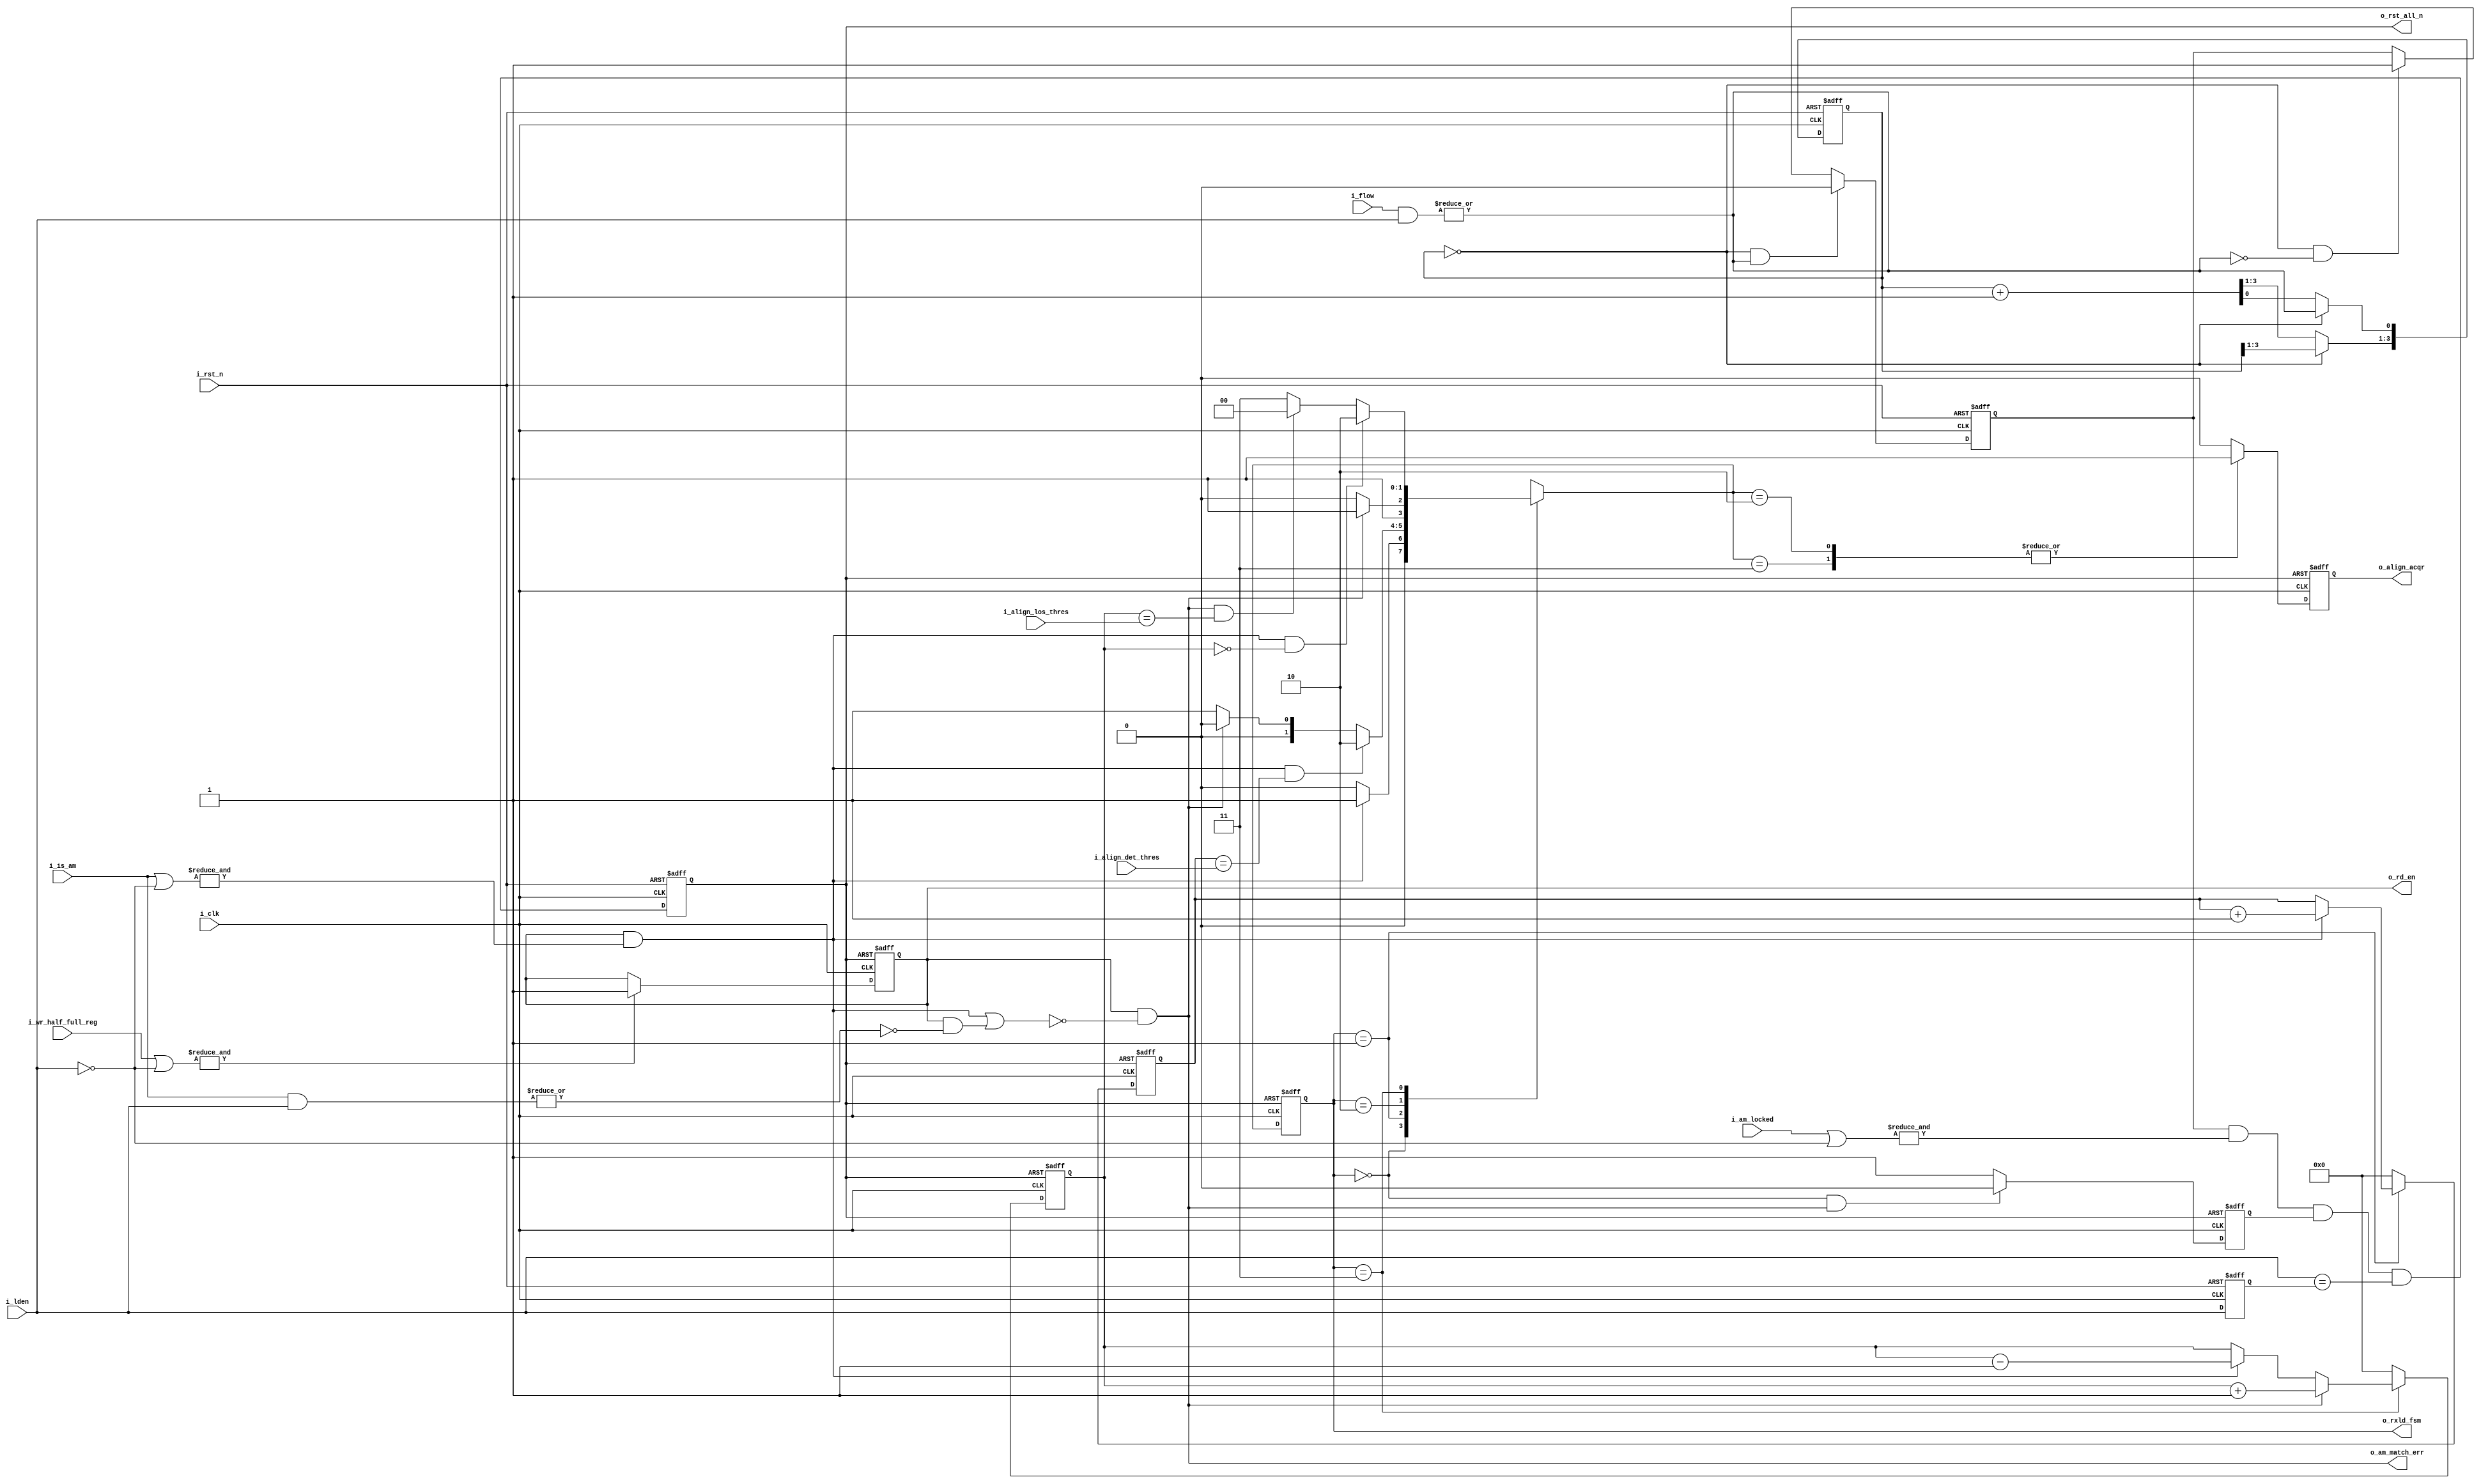

// main control of all deskew buffer of lanes to be deskewed
// Control the read start of all deskew buffer
// Control the reset of all deskew buffer when flow occurs
// Monitor the deskew error using dedicated FSM as suggested by 802.3
//  FSM is called "PCS deskew state diagram" in P248 of 802.3

`ifndef DELAY
    `define DELAY #0.1
`endif

`define LOSS_OF_ALIGNMENT   2'b00
`define ALIGN_DETECT        2'b01
`define ALIGN_ACQUIRED      2'b10
`define ALIGN_VERIFY        2'b11
//`define ALIGN_DETECT_1      3'b001
//`define ALIGN_DETECT_2      3'b010    
//`define ALIGN_DETECT_3      3'b011
//`define ALIGN_ACQUIRED_1    3'b100
//`define ALIGN_ACQUIRED_2    3'b101
//`define ALIGN_ACQUIRED_3    3'b110
//`define ALIGN_ACQUIRED_4    3'b111


module RXLDCTRL  #(
    parameter   LNUM    = 4)
(
    input                   i_rst_n                 ,   //system reset
    input                   i_clk                   ,   // uniform clock
    
    input   [LNUM-1:0]      i_wr_half_full_reg      ,   //deskew buffer write enabled
    input   [LNUM-1:0]      i_am_locked             ,   //am locked
    input   [LNUM-1:0]      i_is_am                 ,   //read out data is a pattern
    input   [LNUM-1:0]      i_flow                  ,   //deskew buffer overflow    
    input   [LNUM-1:0]      i_lden                  ,   //The lane deskew enable of each channel, 
    input   [7:0]           i_align_det_thres       ,   //how many align marker match count as align detected
    input   [7:0]           i_align_los_thres       ,   //how many align marker error count as align loss
                                                        //disabled channel are always treated as match  
    output                  o_rd_en                 ,   // to all lanes
    output                  o_rst_all_n             ,   // reset all deskew bufs
    output                  o_align_acqr            ,
    output                  o_am_match_err          ,
    output  [1:0]           o_rxld_fsm          
);
    reg         r_rd_en;

    reg [3:0]   r_rst_cnt;

    reg         r_rst_all_n;        //internal reset for wr rd signal and all deskew buffer
    
    wire        c_any_flow;
    
    //reset signal logic, low active
    reg         r_rst_lane_n;           //assert and keep N clocks if any lane is over flow
    wire        c_rst_lock_n;           //assert if any lane is un-locked
    reg         r_rst_fsm_n;            //assert as fsm required
    
    //deskew_err: output of lanes partly match, not all match or all dismatch
    //match_all: output of lanes all match
    wire        c_am_match_all;     //all read data match am
    wire        c_am_match_none;    //all read data not am
    wire        c_am_match_err;     //part read data match, part not
        
    reg  [1:0]  r_align_state;   
    reg  [1:0]  r_align_state_next;
    
    reg  [LNUM-1:0]     r_lden;
    wire                c_rst_lden_n;

    reg         r_align_acqr;

    reg [7:0]   r_align_det_cnt;
    reg [7:0]   r_align_los_cnt;
    
    
    //20150409-twu: detect lane enable change
    always @ (posedge i_clk or negedge i_rst_n) begin
        if(~i_rst_n) 
            r_lden <= `DELAY {LNUM{1'b0}};
        else
            r_lden <= i_lden;
    end
    //generate reset whenever lden is changed
    assign c_rst_lden_n = (i_lden == r_lden);
    
    // any lane that is enabled flow, will set c_any_flow to high
    
    assign      c_any_flow = | (i_flow & i_lden);
    
    // 5 clocks is required from Flow->'1' to Reset Done
    //   Flow->'1' to uReset: 1 clock
    //   uReset to rReset: 4 clock
    //   rReset to rFull: 0 clock
    //   rFull to uFull: 4 clock
    //   uFull to uFlow: 0 clock
    // so the length between 2 uReset must > 9 to prevernt dead-lock
    // here we keep uReset low for 15 clock cycles

    //r_rst_cnt
    always @ (posedge i_clk or negedge i_rst_n) begin
        if(~i_rst_n) begin
            r_rst_cnt <= `DELAY  4'h0;
        end
        else if(r_rst_cnt == 4'h0) begin
            r_rst_cnt[0] <= `DELAY  (c_any_flow);
        end
        else begin
            r_rst_cnt[3:0] <= `DELAY  r_rst_cnt[3:0] + 4'h1;
        end
    end

    //                 __    __    __    __    __    __    __    __    __    __    __    __
    // i_UniformClk __|  |__|  |__|  |__|  |__|  |__|  |__|  |__|  |__|  |__|  |__|  |__|  |__ 
    //                   0     1     2     3     4     5     6     7     0     
    //                   _____        _____          _____                          _____
    // c_any_flow  _____|     |______|     |________|     |________________________|     |________
    // 
    //             __________                                                  __________
    // r_rst_lane_n          |________________________________________________|          |_______
    //
    //
    always @ (posedge i_clk or negedge i_rst_n) begin
        if(~i_rst_n) begin
            r_rst_lane_n <= `DELAY 1'b0;
        end
        else if( (r_rst_cnt == 4'h0) & c_any_flow ) begin
            r_rst_lane_n <= `DELAY 1'b0;
        end 
        else if( (r_rst_cnt == 4'h0) & (~c_any_flow) ) begin
            r_rst_lane_n <= `DELAY 1'b1;
        end
    end
    
    //r_rst_all_n
    //Following case will cause reset to all deskew buffers
    //1. system reset
    //2. deskew buffer of any lanes overflow
    //4. deskew FSM required reset
    assign  c_rst_lock_n = & (i_am_locked | ~i_lden);  // any bit '0' -> reset
    
    always @ (posedge i_clk or negedge i_rst_n) begin
        if(~i_rst_n) begin
            r_rst_all_n <= `DELAY 1'b0;
        end
        else begin
            //all reset are synchronized signal of i_Clk, so just assign in this clock domain
            r_rst_all_n <= `DELAY r_rst_lane_n & c_rst_lock_n & r_rst_fsm_n & c_rst_lden_n; 
        end
    end
    assign o_rst_all_n = r_rst_all_n;
                    
    //o_rd_en
    //on all lanes, read start at the same time, after all write started and fifo get enough data
    //assign r_rd_en = (i_wr_half_full_reg | ~i_lden);
    always @ (posedge i_clk or negedge r_rst_all_n) begin
        if(~r_rst_all_n) begin
            r_rd_en <= `DELAY 1'b0;
        end
        else begin
            //generated rd_en are also used as output data_valid, so generated as 1 0 1 0 pattern
            if( & (i_wr_half_full_reg | ~i_lden) ) 
                r_rd_en <= `DELAY 1'b1;
        end    
    end
    assign o_rd_en = r_rd_en;
    
    //match status
    assign c_am_match_all = r_rd_en & ( & (i_is_am | ~i_lden) );              //all read data match pattern, only valid if read is enable
    assign c_am_match_none = r_rd_en & ( ! ( | (i_is_am & i_lden) ));         //all read data not pattern, only valid if read is enable
    assign c_am_match_err = r_rd_en & (! (c_am_match_all | c_am_match_none));  //part read data match, part not
    assign o_am_match_err = c_am_match_err;
    
    //Main deskew FSM
    
    //r_align_state_next
    always @ ( * ) begin
        r_align_state_next = r_align_state;
        case(r_align_state)
            `LOSS_OF_ALIGNMENT: begin
                if(c_am_match_all)
                    r_align_state_next = `ALIGN_DETECT;
                else
                    r_align_state_next = `LOSS_OF_ALIGNMENT;
            end
            `ALIGN_DETECT: begin
                if((c_am_match_all) && (r_align_det_cnt == i_align_det_thres))
                    r_align_state_next = `ALIGN_ACQUIRED;
                //should continuesly match some count of |A|, any mismatch is
                //fail
                else if(c_am_match_err)
                    r_align_state_next = `LOSS_OF_ALIGNMENT;
                else
                    r_align_state_next = `ALIGN_DETECT;          
            end   
            `ALIGN_ACQUIRED: begin
                if(c_am_match_err)
                    r_align_state_next = `ALIGN_VERIFY;
                else
                    r_align_state_next = `ALIGN_ACQUIRED;
            end 
            `ALIGN_VERIFY: begin
                if((c_am_match_all) && (r_align_los_cnt == 8'd0))
                    r_align_state_next = `ALIGN_ACQUIRED;
                else if((c_am_match_err) && (r_align_los_cnt == i_align_los_thres))
                    r_align_state_next = `LOSS_OF_ALIGNMENT;
                else
                    r_align_state_next = `ALIGN_VERIFY;
            end 
            // default:
                // r_align_state_next = `LOSS_OF_ALIGNMENT;
        endcase 
    end
    
    //r_align_state
    always @ (posedge i_clk or negedge r_rst_all_n) begin
        if(~r_rst_all_n) begin
            r_align_state <= `DELAY `LOSS_OF_ALIGNMENT;  
        end
        else begin        
            r_align_state <= `DELAY r_align_state_next;
        end
    end
    
    //align marker match and los count
    always@(posedge i_clk or negedge r_rst_all_n) begin
        if (~r_rst_all_n) begin
            r_align_det_cnt <= `DELAY 8'd0;
        end
        else begin
            if(r_align_state == `ALIGN_DETECT) begin
                if(c_am_match_all)
                    r_align_det_cnt <= `DELAY r_align_det_cnt + 8'd1;
            end
            else
                r_align_det_cnt <= `DELAY 8'd0;
        end
    end
    always@(posedge i_clk or negedge r_rst_all_n) begin
        if (~r_rst_all_n) begin
            r_align_los_cnt <= `DELAY 8'd0;
        end
        else begin
            if(r_align_state == `ALIGN_VERIFY) begin
                if(c_am_match_err)
                    r_align_los_cnt <= `DELAY r_align_los_cnt + 8'd1;
                else if(c_am_match_all)
                    r_align_los_cnt <= `DELAY r_align_los_cnt - 8'd1;
            end
            else
                r_align_los_cnt <= `DELAY 8'd0;
        end
    end

    //r_rst_fsm_n
    // r_rst_fsm_n '0' -> r_rst_all_n '0' -> r_rst_fsm_n '1' -> r_rst_all_n '?'
    always @ (posedge i_clk or negedge r_rst_all_n) begin
        if(~r_rst_all_n) begin
            //default not reset, otherwise will generate reset loop
            r_rst_fsm_n <= `DELAY 1'b1;     
        end
        else begin    
            // fsm issue reset only when
            // 1. jump from acquired to LOSS of alignment
            // 2. match_err and in loss of alignment (fifo already start to read)
            // both can be covered by c_am_match_err
            if ((r_align_state == `LOSS_OF_ALIGNMENT) && c_am_match_err)
                r_rst_fsm_n <= `DELAY 1'b0;
            else
                r_rst_fsm_n <= `DELAY 1'b1;
        end
    end
 
    //o_align_acqr
     always @ (posedge i_clk or negedge r_rst_all_n) begin
        if(~r_rst_all_n) begin
            r_align_acqr <= `DELAY 1'b0;
        end
        else begin        
            case(r_align_state_next)
                `ALIGN_ACQUIRED,
                `ALIGN_VERIFY :
                    r_align_acqr <= `DELAY 1'b1;
                default:    
                    r_align_acqr <= `DELAY 1'b0;
            endcase
        end
    end
    assign o_align_acqr = r_align_acqr;
    
    assign o_rxld_fsm = r_align_state;
    
endmodule